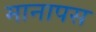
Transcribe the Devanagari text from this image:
मानापस